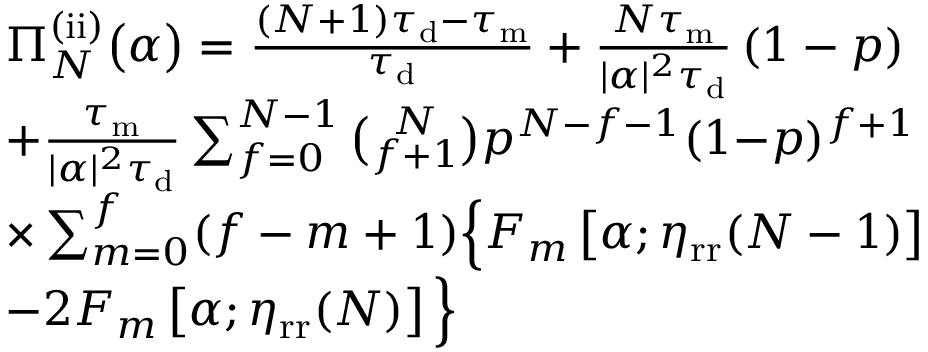
\begin{array} { r l } & { \Pi _ { N } ^ { \mathrm { ( i i ) } } \big ( \alpha \big ) = \frac { ( N + 1 ) \tau _ { \mathrm { d } } - \tau _ { \mathrm { m } } } { \tau _ { \mathrm { d } } } + \frac { N \tau _ { \mathrm { m } } } { | \alpha | ^ { 2 } \tau _ { \mathrm { d } } } \left( 1 - p \right) } \\ & { + \frac { \tau _ { \mathrm { m } } } { | \alpha | ^ { 2 } \tau _ { \mathrm { d } } } \sum _ { f = 0 } ^ { N - 1 } \binom { N } { f + 1 } p ^ { N - f - 1 } ( 1 { - } p ) ^ { f + 1 } } \\ & { \times \sum _ { m = 0 } ^ { f } ( f - m + 1 ) \Big \{ F _ { m } \left[ \alpha ; \eta _ { \mathrm { r r } } ( N - 1 ) \right] } \\ & { { - } 2 F _ { m } \left[ \alpha ; \eta _ { \mathrm { r r } } ( N ) \right] \Big \} } \end{array}